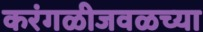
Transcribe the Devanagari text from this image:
करंगळीजवळच्या